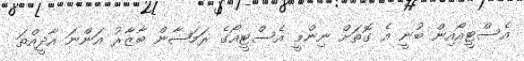
އެސްޓީއޯއިން ބުނީ އެ ގޮތަށް ނިންމީ އެސްޓީއޯގެ ރަމަޟާން ބާޒާރު އަންނަ އާދީއްތަ